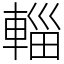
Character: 輜